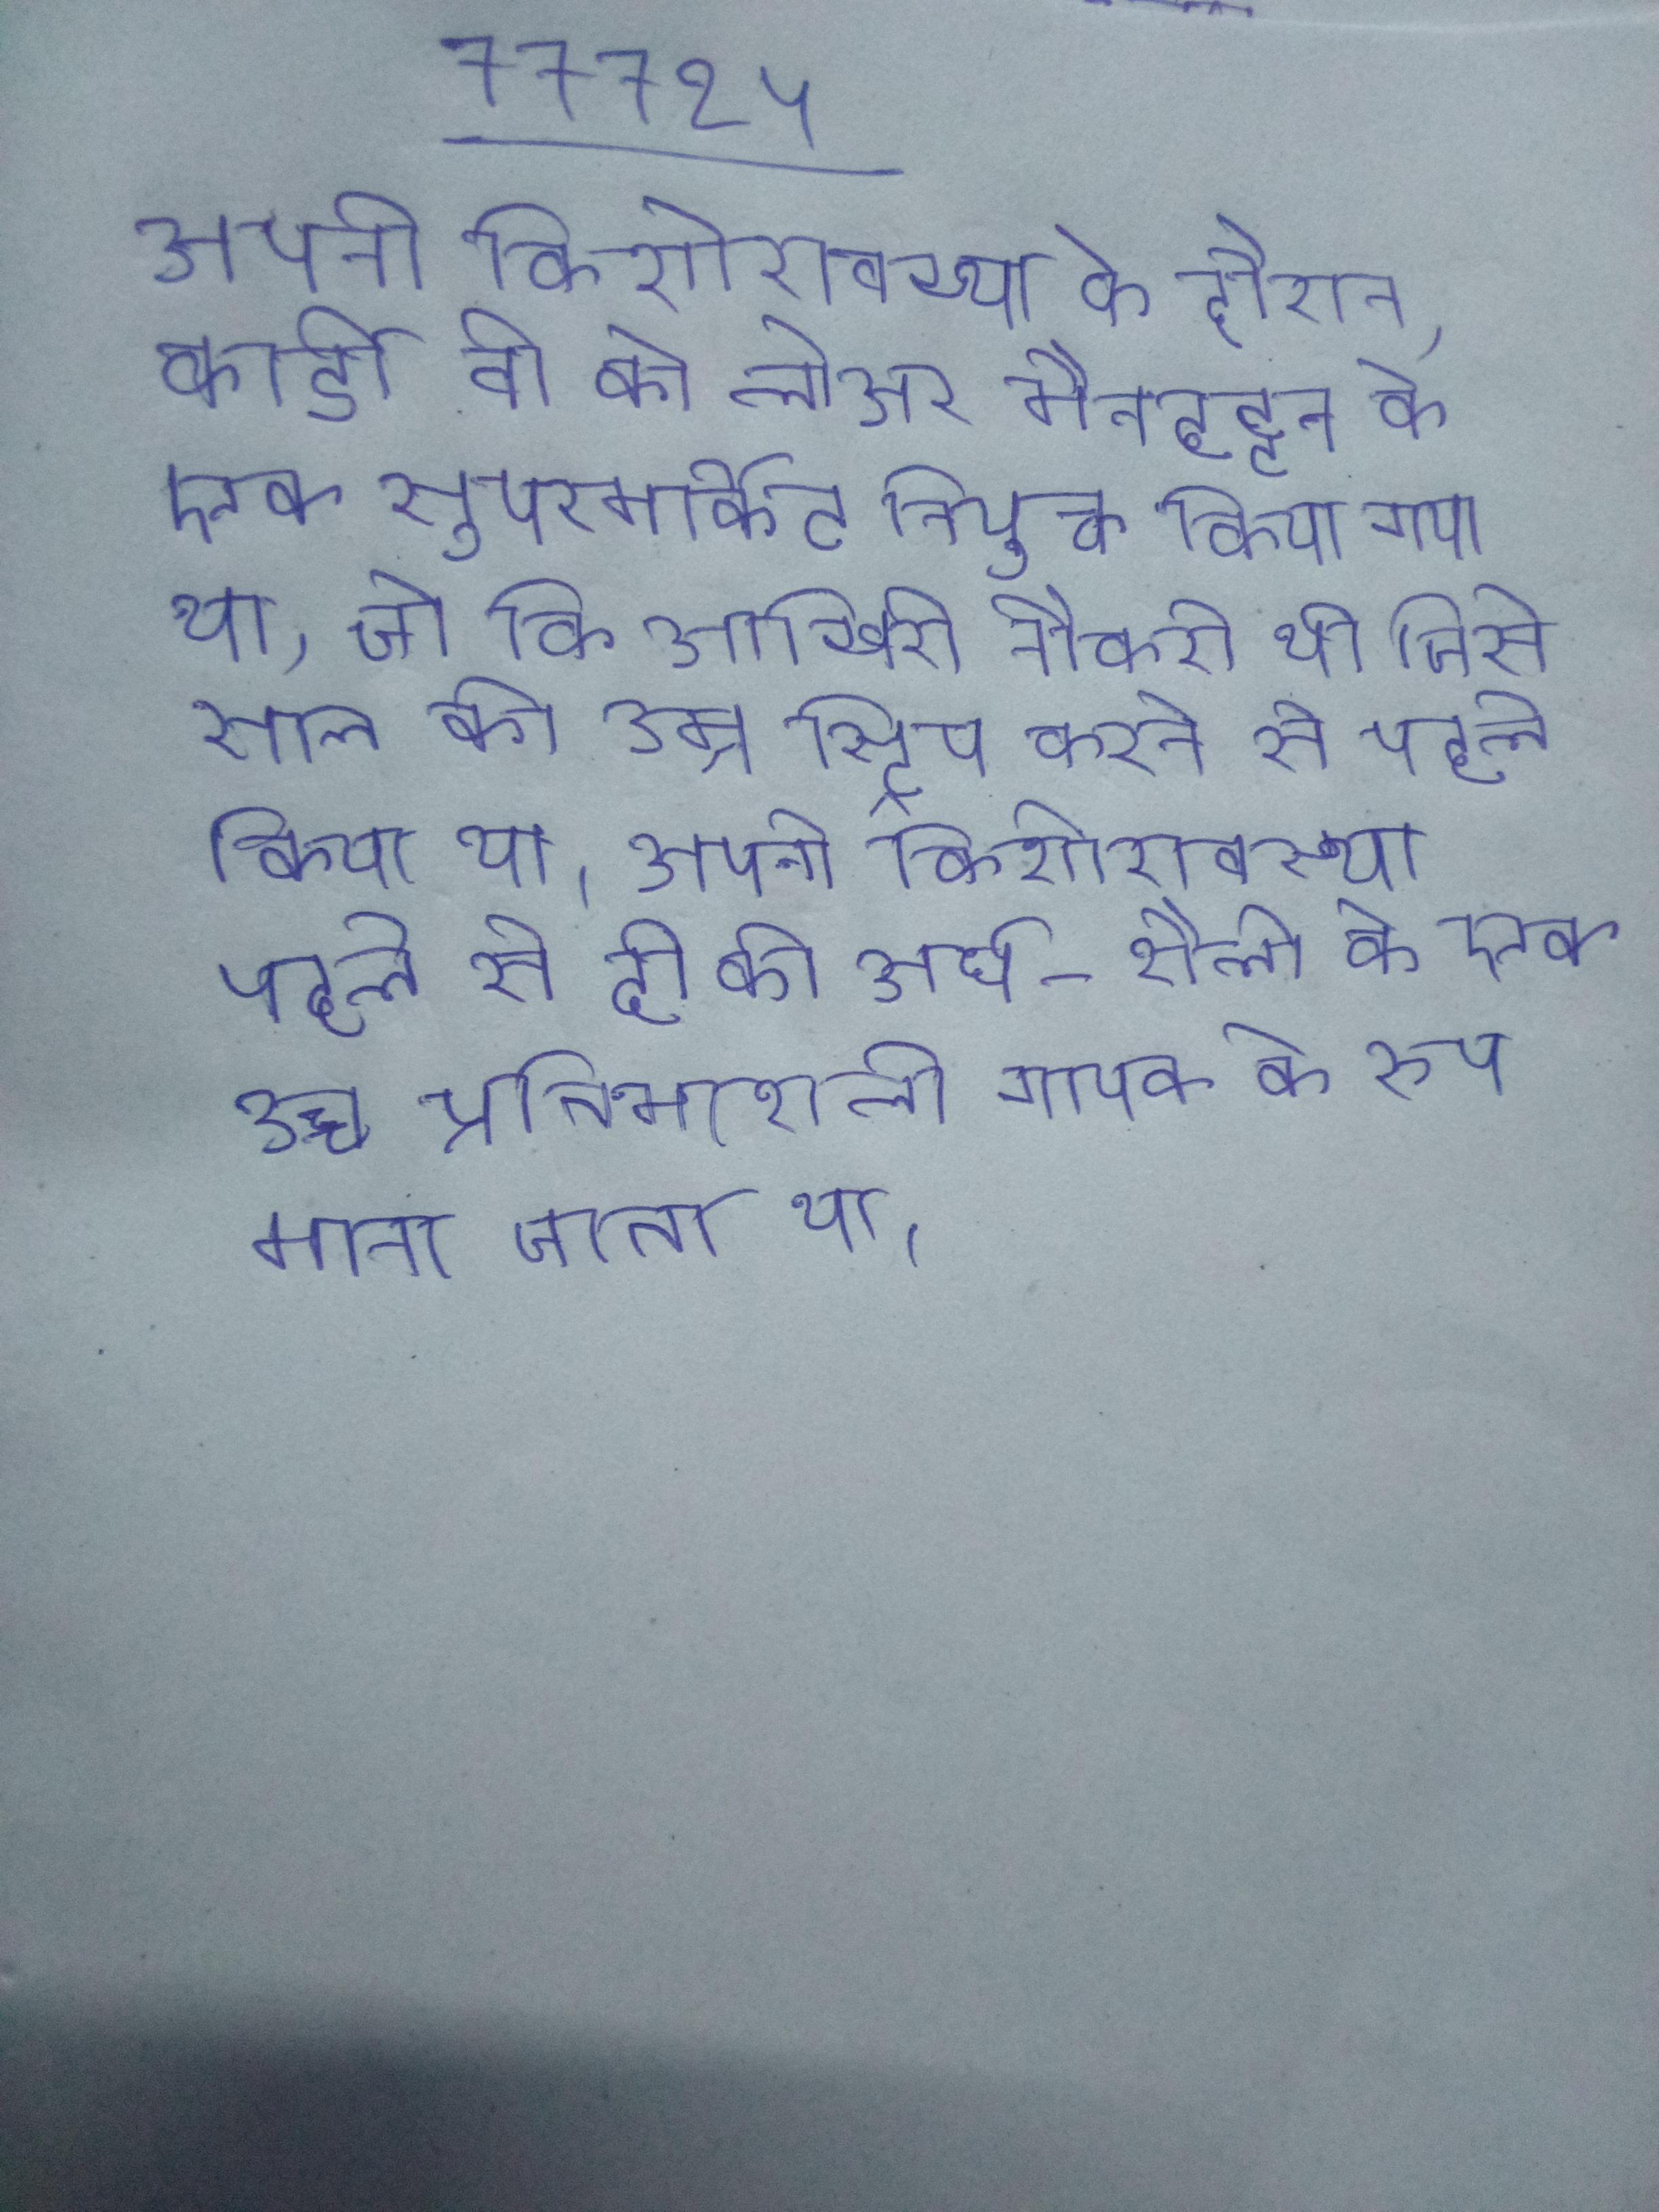
अपनी किशोरावस्था के दौरान, कार्डी बी को लोअर मैनहट्टन के एक सुपरमार्केट नियुक्त किया गया था, जो कि आखिरी नौकरी थी जिसे साल की उम्र स्ट्रिप करने से पहले किया था । अपनी किशोरावस्था पहले से ही की अर्ध-शैली के एक उच्च प्रतिभाशाली गायक के रूप माना जाता था ।